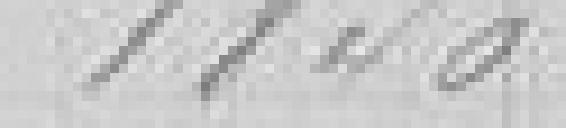
1 840